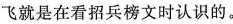
飞就是在看招兵榜文时认识的。